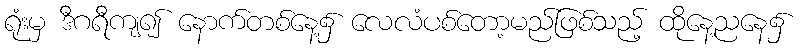
ရုံးမှ ဒီဂရီကျ၍ နောက်တစ်နေ့၌ လေလံပစ်တော့မည်ဖြစ်သည့် ထိုနေ့ညနေ၌